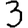
Digit: 3